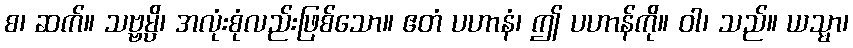
စ၊ ဆက်။ သဗ္ဗမ္ပိ၊ အလုံးစုံလည်းဖြစ်သော။ ဧတံ ပဟာနံ၊ ဤ ပဟာန်ကို။ ဝါ၊ သည်။ ယသ္မာ၊